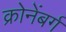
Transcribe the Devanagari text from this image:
क्रोनेंबर्ग